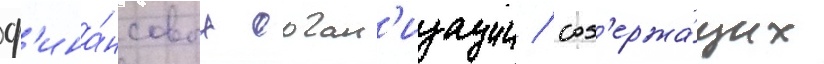
ф'ина́нсовых орган'изации / сод'ержа́щих